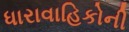
ધારાવાહિકોની